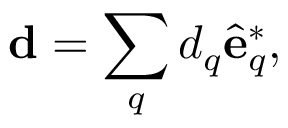
\mathbf { d } = \sum _ { q } d _ { q } \hat { \mathbf { e } } _ { q } ^ { * } ,